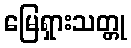
မြေရှားသတ္တု